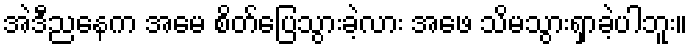
အဲဒီညနေက အမေ စိတ်ပြေသွားခဲ့လား အဖေ သိမသွားရှာခဲ့ပါဘူး။